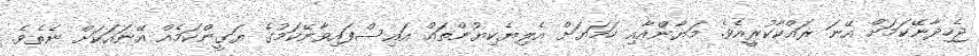
ޖެހިދާނޭކަމަށް އޭނަ ރައްކާކުރީއެވެ. މަޔާންއާއި ހަމަޔަށް އެލިޔެކިޔުންތައް އައިސްފައިވާނޭކަމުގެ ޔަގީންކަމެއް އޭނައަކަށް ނެެތެވެ.